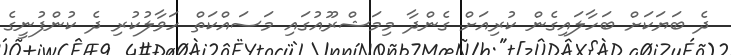
ދެ ބަޔަކަށް ބަހާލައިގެން ކުރިއަށް ގެންދާ މިމަޝްރޫއުގައި މަސައްކަތް ހަވާލުކުރި ދެ ކުންފުނީގެ